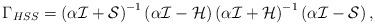
LaTeX: \begin{align*} {\Gamma} _{HSS}=\left( \alpha \mathcal I + \mathcal S \right)^{-1}\left( \alpha \mathcal I - \mathcal H \right) \left( \alpha \mathcal I + \mathcal H \right)^{-1}\left( \alpha \mathcal I -\mathcal S \right),\end{align*}